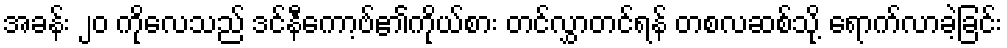
အခန်း ၂၀ ကိုလေသည် ဒင်နီကော့ဗ်၏ကိုယ်စား တင်လွှာတင်ရန် တစလဆစ်သို့ ရောက်လာခဲ့ခြင်း